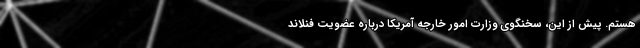
هستم. پیش از این، سخنگوی وزارت امور خارجه آمریکا درباره عضویت فنلاند